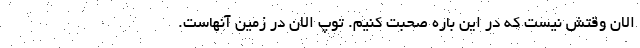
الان وقتش نیست که در این باره صحبت کنیم. توپ الان در زمین آنهاست.